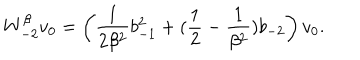
W _ { - 2 } ^ { \beta } v _ { 0 } = \left( \frac { 1 } { 2 \beta ^ { 2 } } b _ { - 1 } ^ { 2 } + ( \frac { 1 } { 2 } - \frac { 1 } { \beta ^ { 2 } } ) b _ { - 2 } \right) v _ { 0 } .